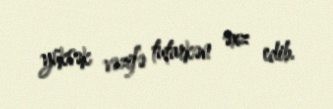
yüksək vəzifə tutarkən əxz edib.